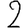
Digit: 2